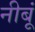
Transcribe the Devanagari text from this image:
नीबूं